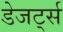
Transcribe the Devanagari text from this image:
डेजर्ट्स